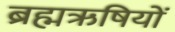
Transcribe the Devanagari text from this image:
ब्रह्मऋषियों